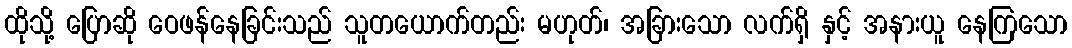
ထိုသို့ ပြောဆို ဝေဖန်နေခြင်းသည် သူတယောက်တည်း မဟုတ်၊ အခြားသော လက်ရှိ နှင့် အနားယူ နေကြသော